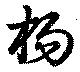
枸